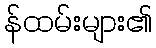
န်ထမ်းများ၏